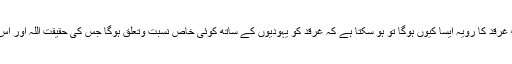
رہی یہ بات کہ دوسرے درختوں کے برخلاف غرقد کا رویہ ایسا کیوں ہوگا تو ہو سکتا ہے کہ غرقد کو یہودیوں کے ساتھ کوئی خاص نسبت وتعلق ہوگا جس کی حقیقت اللہ اور اس کے رسول ﷺ کے سوا اور کوئی نہیں جانتا ۔